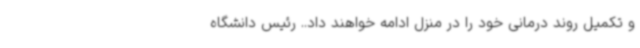
و تکمیل روند درمانی خود را در منزل ادامه خواهند داد.. رئیس دانشگاه